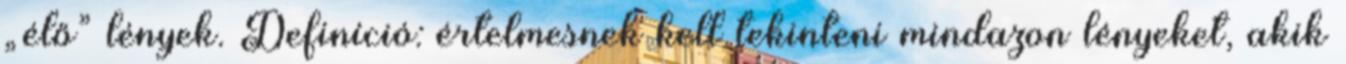
„élő” lények. Definíció: értelmesnek kell tekinteni mindazon lényeket, akik